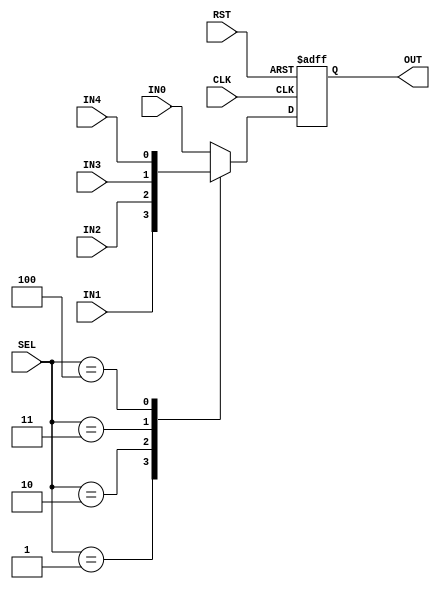
`timescale 1ns / 1ps

//////////////////////////////////////////////////////////////////////////////////
// Diploma: By Eng. Ali Mohamed Eltemsah
// Design Name: DigIC_Dip08_09_UART_TX
// Module Name: mux
// Project Name: UART_TX
//////////////////////////////////////////////////////////////////////////////////


module mux (
        input   wire                    CLK, RST,
        input   wire                    IN0, IN1, IN2, IN3, IN4,
        input   wire      [2 : 0]       SEL,
        output  wire                    OUT
    );
    
reg OUT_reg, OUT_next;
always @(posedge CLK, negedge RST)
    begin
        if (!RST)
            OUT_reg <= 1'b1;
        else
            OUT_reg <= OUT_next;
    end
    
always @(*)
    begin
        case(SEL)
            3'b000:     OUT_next = IN0;
            3'b001:     OUT_next = IN1;
            3'b010:     OUT_next = IN2;
            3'b011:     OUT_next = IN3;
            3'b100:     OUT_next = IN4;
            default:    OUT_next = IN0;
        endcase
    end

assign OUT = OUT_reg;
endmodule